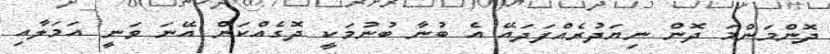
ދޮންމަންމަ ދޮން ނިޔަދުރެއްފަދައޭ އެ ބުނާ ބުނުމަކީ ދޮގެއްކަން އޭނަ ވަނީ އަމަލާއި